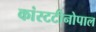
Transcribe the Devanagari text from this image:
कांस्टटीनोपाल